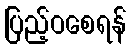
ပြည့်ဝစေရန်